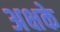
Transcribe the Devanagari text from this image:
अक्षके